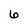
Character: 6